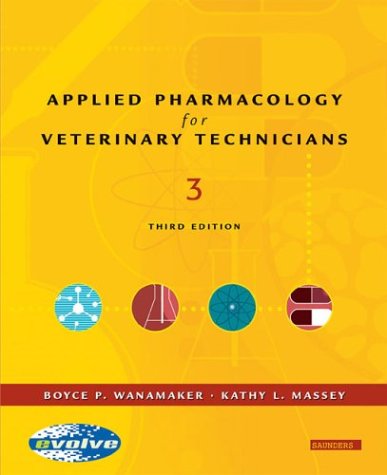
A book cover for Applied Pharmacology for the Veterinary Technician, 3e; Boyce P. Wanamaker DVM  MS; Medical Books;